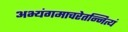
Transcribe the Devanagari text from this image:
अभ्यंगमाचरेतन्नित्यं